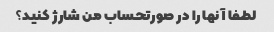
لطفا آنها را در صورتحساب من شارژ کنید؟